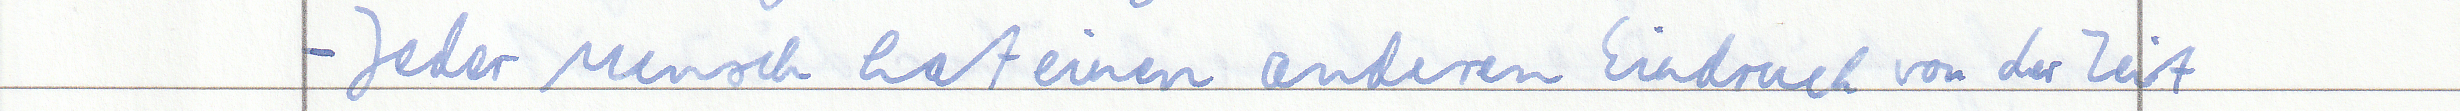
- Jeder Mensch hat einen anderen Eindruck von der Zeit